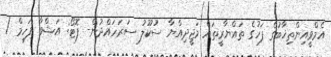
އެމްވީއިންތިޚާބުގެ ފަހުގެ ތައްޔާރީތައް މަޖީދިއްޔާ ސުކޫލު ސަރަހައްދުން- ފޮޓޯ: އަޝްވާ ފަހީމް /